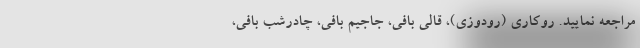
مراجعه نمایید. روکاری (رودوزی)، قالی بافی، جاجیم بافی، چادرشب بافی،